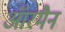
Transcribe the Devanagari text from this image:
ऑरमैन